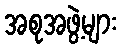
အစုအဖွဲ့များ